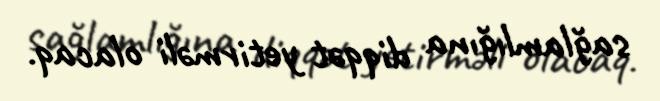
sağlamlığına diqqət yetirməli olacaq.